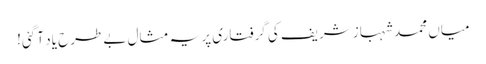
میاں محمد شہباز شریف کی گرفتاری پر یہ مثال بے طرح یاد آ گئی!